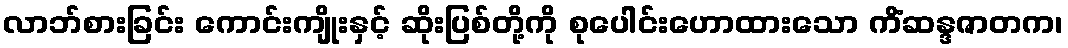
လာဘ်စားခြင်း ကောင်းကျိုးနှင့် ဆိုးပြစ်တို့ကို စုပေါင်းဟောထားသော ကိံဆန္ဒဇာတက၊